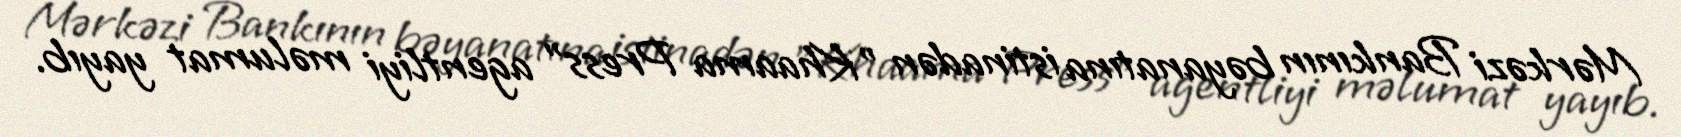
Mərkəzi Bankının bəyanatına istinadən "Khaama Press" agentliyi məlumat yayıb.